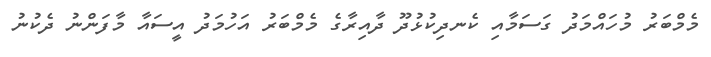
މެމްބަރު މުހައްމަދު ގަސަމާއި ކެނދިކުޅުދޫ ދާއިރާގެ މެމްބަރު އަހުމަދު އީސައާ މާފަންނު ދެކުނު